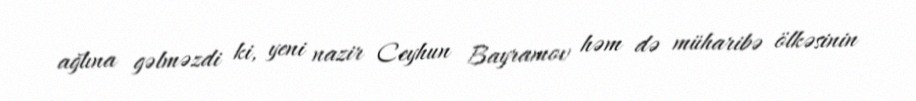
ağlına gəlməzdi ki, yeni nazir Ceyhun Bayramov həm də müharibə ölkəsinin